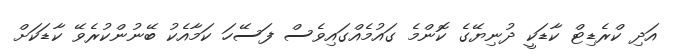
އަދި ކްރެޑިޓް ކާޑަކީ ދުނިޔޭގެ ކޮންމެ ގައުމެއްގައިވެސް ފަސޭހަ ކަމާއެކު ބޭނުންކުރެވޭ ކާޑަކަށް